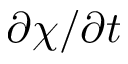
\partial \chi / \partial t